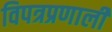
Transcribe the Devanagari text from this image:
विपत्रप्रणाली